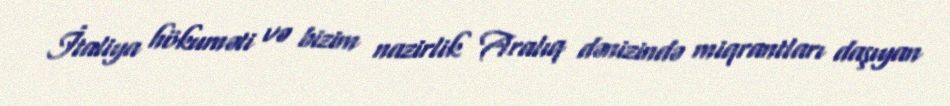
İtaliya hökuməti və bizim nazirlik Aralıq dənizində miqrantları daşıyan